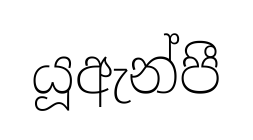
යූඇන්පී